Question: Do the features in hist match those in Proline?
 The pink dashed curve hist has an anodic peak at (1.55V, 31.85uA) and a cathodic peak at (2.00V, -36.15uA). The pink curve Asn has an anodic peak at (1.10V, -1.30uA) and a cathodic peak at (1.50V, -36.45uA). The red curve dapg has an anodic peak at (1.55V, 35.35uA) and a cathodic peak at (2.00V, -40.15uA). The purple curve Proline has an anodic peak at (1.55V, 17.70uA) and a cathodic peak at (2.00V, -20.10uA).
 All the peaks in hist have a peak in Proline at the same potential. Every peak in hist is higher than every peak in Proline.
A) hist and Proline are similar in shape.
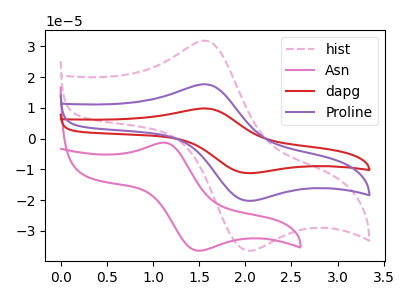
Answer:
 <answer>A) "hist" and "Proline" are similar in shape.</answer>
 <eval>A</eval>